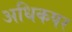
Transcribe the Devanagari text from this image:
अधिकपर